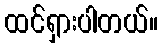
ထင်ရှားပါတယ်။